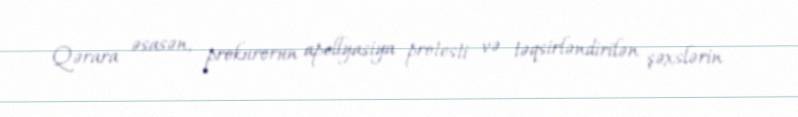
Qərara əsasən, prokurorun apellyasiya protesti və təqsirləndirilən şəxslərin